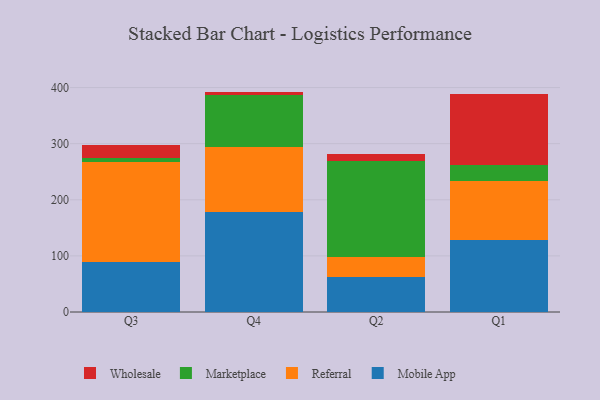
{"axis": {"x": "Quarter", "y": "Bounce Rate (%)"}, "legend": ["Marketplace", "Mobile App", "Referral", "Wholesale"], "data": [{"x": "Q3", "y": 89.6, "type": "Mobile App"}, {"x": "Q3", "y": 178.0, "type": "Referral"}, {"x": "Q3", "y": 7.6, "type": "Marketplace"}, {"x": "Q3", "y": 23.1, "type": "Wholesale"}, {"x": "Q4", "y": 177.8, "type": "Mobile App"}, {"x": "Q4", "y": 115.9, "type": "Referral"}, {"x": "Q4", "y": 92.6, "type": "Marketplace"}, {"x": "Q4", "y": 6.5, "type": "Wholesale"}, {"x": "Q2", "y": 63.1, "type": "Mobile App"}, {"x": "Q2", "y": 34.8, "type": "Referral"}, {"x": "Q2", "y": 170.8, "type": "Marketplace"}, {"x": "Q2", "y": 13.6, "type": "Wholesale"}, {"x": "Q1", "y": 128.3, "type": "Mobile App"}, {"x": "Q1", "y": 105.5, "type": "Referral"}, {"x": "Q1", "y": 28.8, "type": "Marketplace"}, {"x": "Q1", "y": 125.1, "type": "Wholesale"}]}